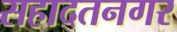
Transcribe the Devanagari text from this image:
सहादतनगर